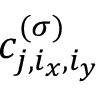
c _ { j , i _ { x } , i _ { y } } ^ { ( \sigma ) }